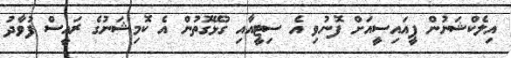
އިލެކްޝަނުން ޕީއައިސީއަށް ފޮނުވި އެ ސިޓީއާއި ގުޅޭގޮތުން އެ ކޮމިޝަނުގެ ރައީސް ފުވާދު